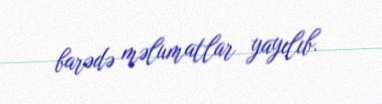
barədə məlumatlar yayılıb.